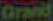
Grand